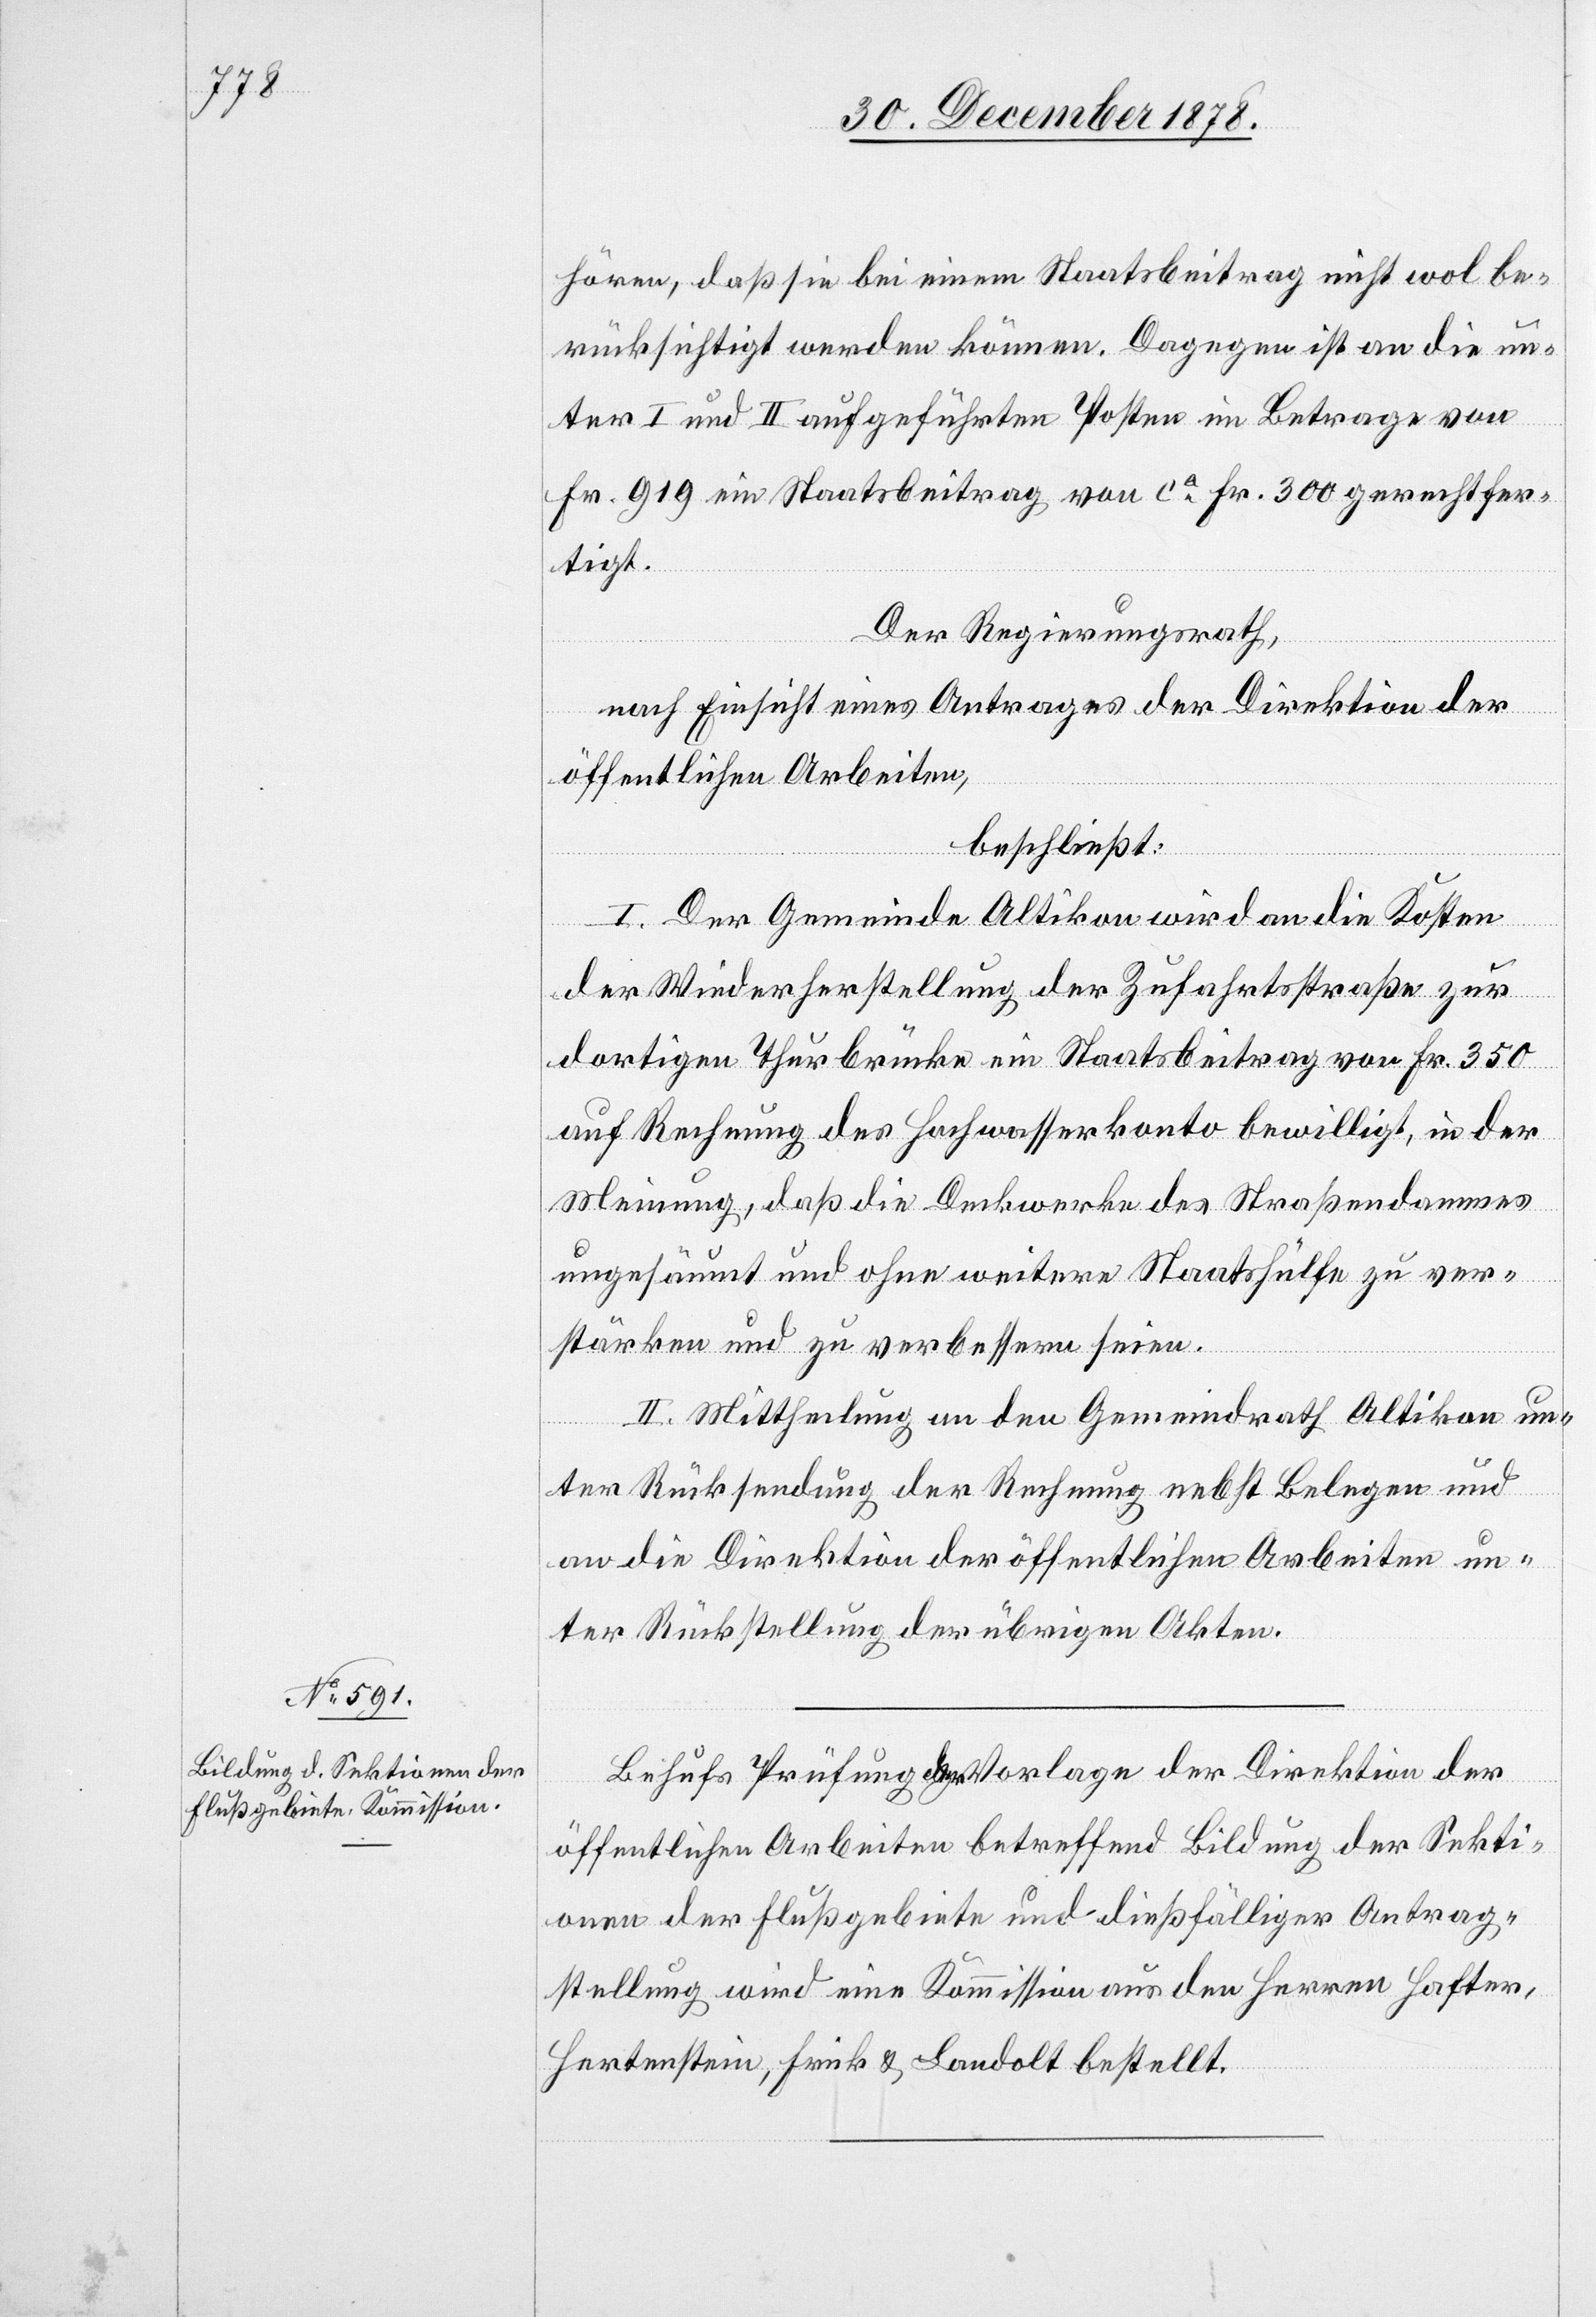
hören, daß sie bei einem Staatsbeitrag nicht wol be¬
rücksichtigt werden können. Dagegen ist an die un¬
ter I und II aufgeführten Posten im Betrage von
Fr. 919 ein Staatsbeitrag von ca Fr. 300 gerechtfer¬
tigt.
Der Regierungsrath,
nach Einsicht eines Antrages der Direktion der
öffentlichen Arbeiten,
beschließt:
I. Der Gemeinde Altikon wird an die Kosten
der Wiederherstellung der Zufahrtsstraße zur
dortigen Thurbrücke ein Staatsbeitrag von Fr. 350
auf Rechnung des Hochwasserkonto bewilligt, in der
Meinung, daß die Deckwerke des Straßendammes
ungesäumt und ohne weitere Staatshülfe zu ver¬
stärken und zu verbessern seien.
II. Mittheilung an den Gemeindrath Altikon un¬
ter Rücksendung der Rechnung nebst Belegen und
an die Direktion der öffentlichen Arbeiten un¬
ter Rückstellung der übrigen Akten.
Behufs Prüfung der Vorlage der Direktion der
öffentlichen Arbeiten betreffend Bildung der Sekti¬
onen der Flussgebiete und dießfälliger Antrag¬
stellung wird eine Kommission aus den Herren Hafter,
Hertenstein, Frick & Landolt bestellt.